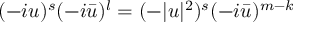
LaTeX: ( - i u ) ^ { s } ( - i \bar { u } ) ^ { l } = ( - | u | ^ { 2 } ) ^ { s } ( - i \bar { u } ) ^ { m - k }